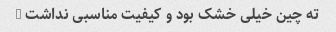
ته چین خیلی خشک بود و کیفیت مناسبی نداشت …